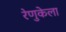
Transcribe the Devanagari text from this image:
रेणुकेला